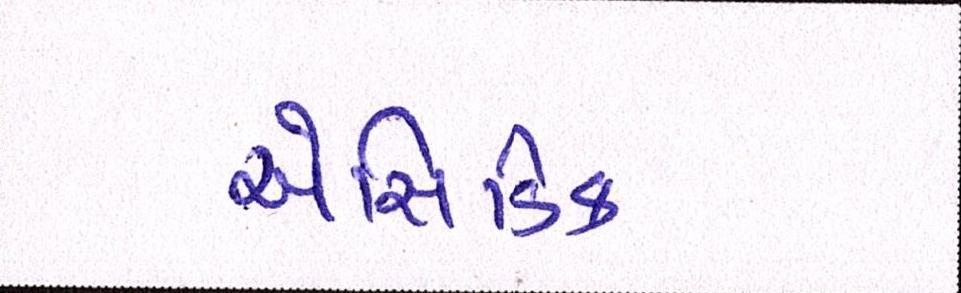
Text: એસિડિક